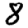
Digit: 8